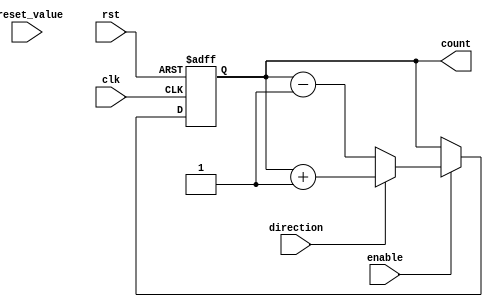
module Counter(
    input wire clk,
    input wire rst,
    input wire enable,
    input wire direction,
    input wire [7:0] preset_value,
    output reg [7:0] count
);

always @(posedge clk or posedge rst) begin
    if (rst) begin
        count <= 8'b0;
    end else if (enable) begin
        if (direction) begin
            count <= count + 1;
        end else begin
            count <= count - 1;
        end
    end
end

endmodule